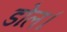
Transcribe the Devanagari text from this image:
डोल।